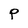
Character: P